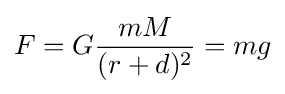
F=G{{mM} \over {(r+d)^{2}}}=mg